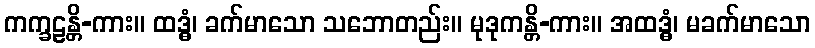
ကက္ခဠန္တိ-ကား။ ထဒ္ဓံ၊ ခက်မာသော သဘောတည်း။ မုဒုကန္တိ-ကား။ အထဒ္ဓံ၊ မခက်မာသော